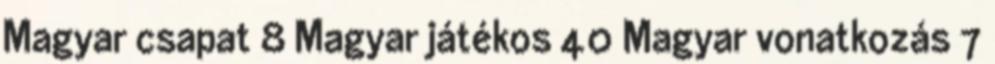
Magyar csapat 8 Magyar játékos 40 Magyar vonatkozás 7